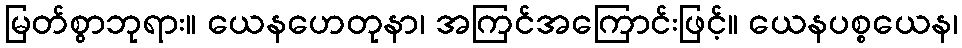
မြတ်စွာဘုရား။ ယေနဟေတုနာ၊ အကြင်အကြောင်းဖြင့်။ ယေနပစ္စယေန၊